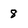
Character: 8